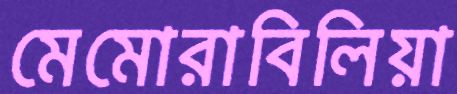
মেমোরাবিলিয়া